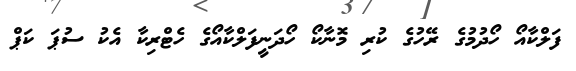
ފަލްކާއޯ ހޯދުމުގެ ރޭހުގެ ކުރި މޮނާކޯ ހޯދަނީފަލްކާއޯގެ ހެޓްރިކާ އެކު ސުޕަ ކަޕް